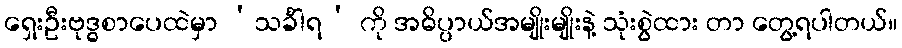
ရှေးဦးဗုဒ္ဓစာပေထဲမှာ ‘သင်္ခါရ’ ကို အဓိပ္ပာယ်အမျိုးမျိုးနဲ့ သုံးစွဲထား တာ တွေ့ရပါတယ်။